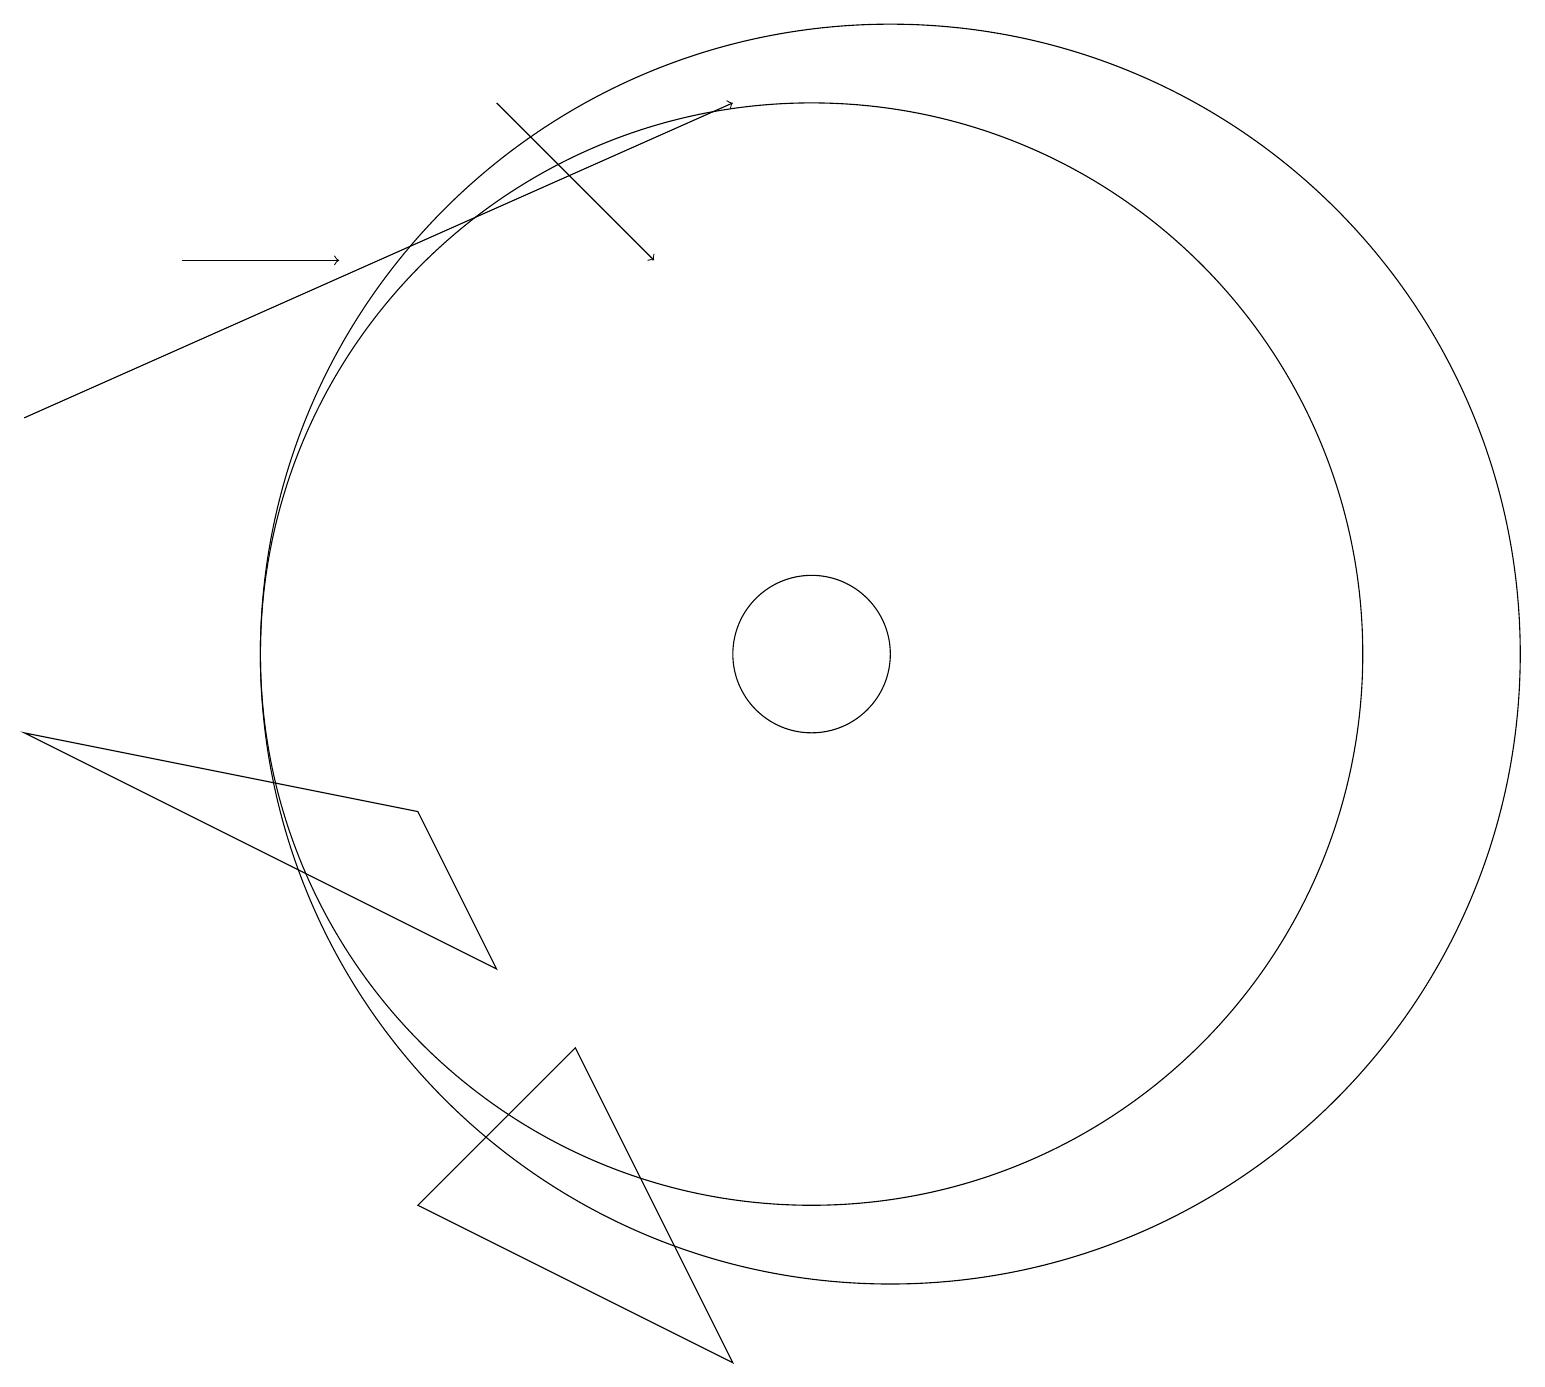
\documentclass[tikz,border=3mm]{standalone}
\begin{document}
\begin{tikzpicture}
\draw (11,10) circle (8);
\draw[->] (2,15) -- (4,15);
\draw[->] (6,17) -- (8,15);
\draw (10,10) circle (7);
\draw[->] (0,13) -- (9,17);
\draw (7,5) -- (9,1) -- (5,3) -- cycle;
\draw (10,10) circle (1);
\draw (0,9) -- (6,6) -- (5,8) -- cycle;
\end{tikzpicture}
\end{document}